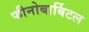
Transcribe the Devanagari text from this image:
फीनोबार्बिटल